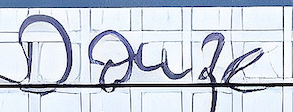
Douze